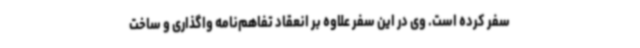
سفر کرده است. وی در این سفر علاوه بر انعقاد تفاهم‌نامه واگذاری و ساخت